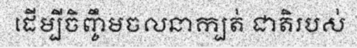
ដើម្បីចិញ្ចឹមចលនាក្បត់ ជាតិរបស់